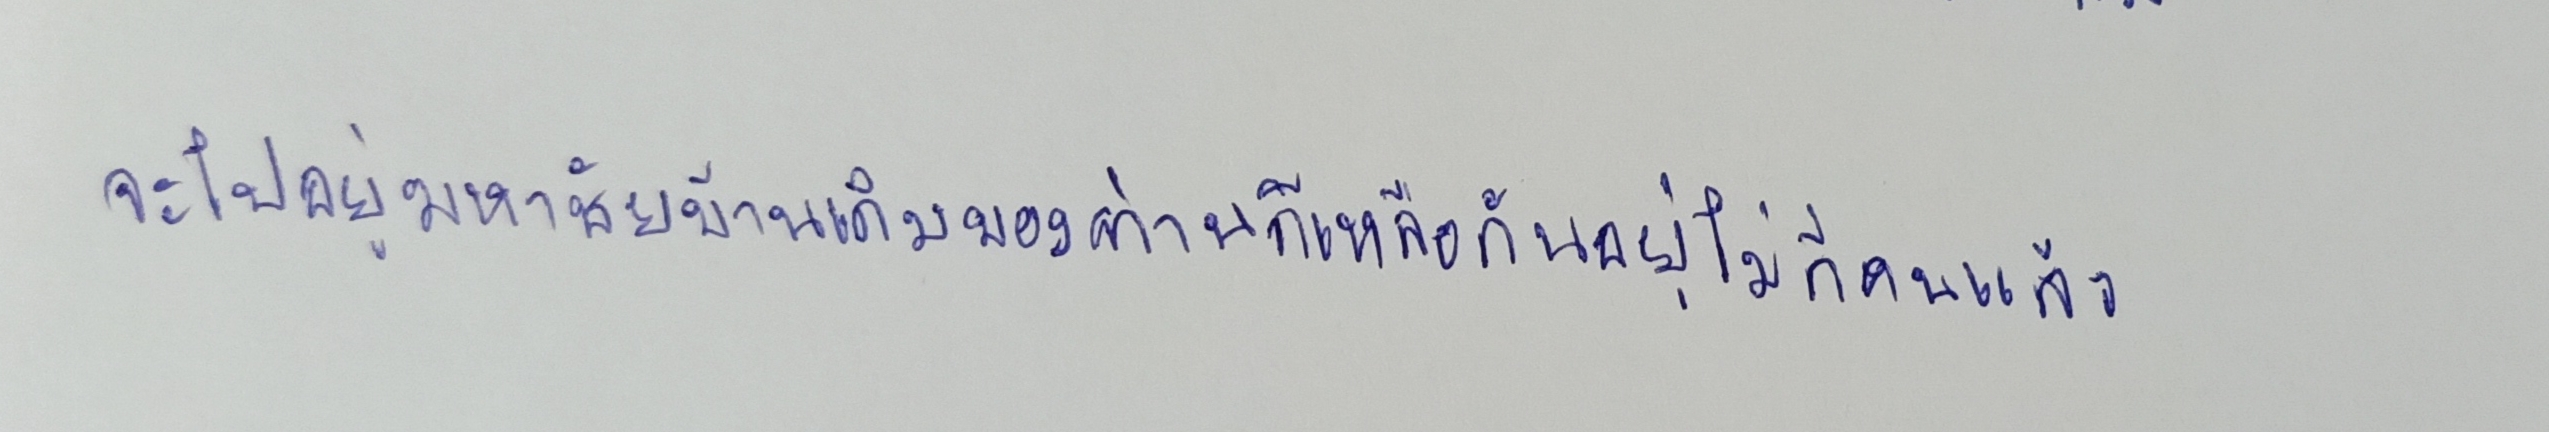
จะไปอยู่มหาชัยบ้านเดิมของท่านก็เหลือกันอยู่ไม่กี่คนแล้ว